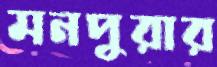
মনপুরার